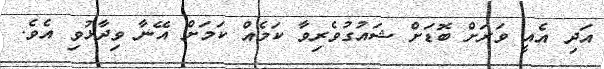
އަދި އެއީ ވަރަށް ބޮޑަށް ޝައުގުވެރިވާ ކަމެއް ކަމަށް އޭނާ ވިދާޅުވި އެވެ.